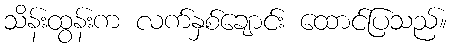
သိန်းထွန်းက လက်နှစ်ချောင်း ထောင်ပြသည်။